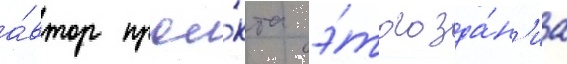
а́втор прое́кта э́того зда́н'иа